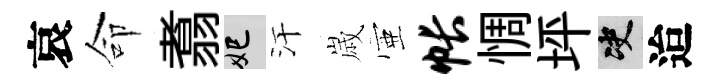
哀命翥妃汗𡻕壺帐惆坪决迨